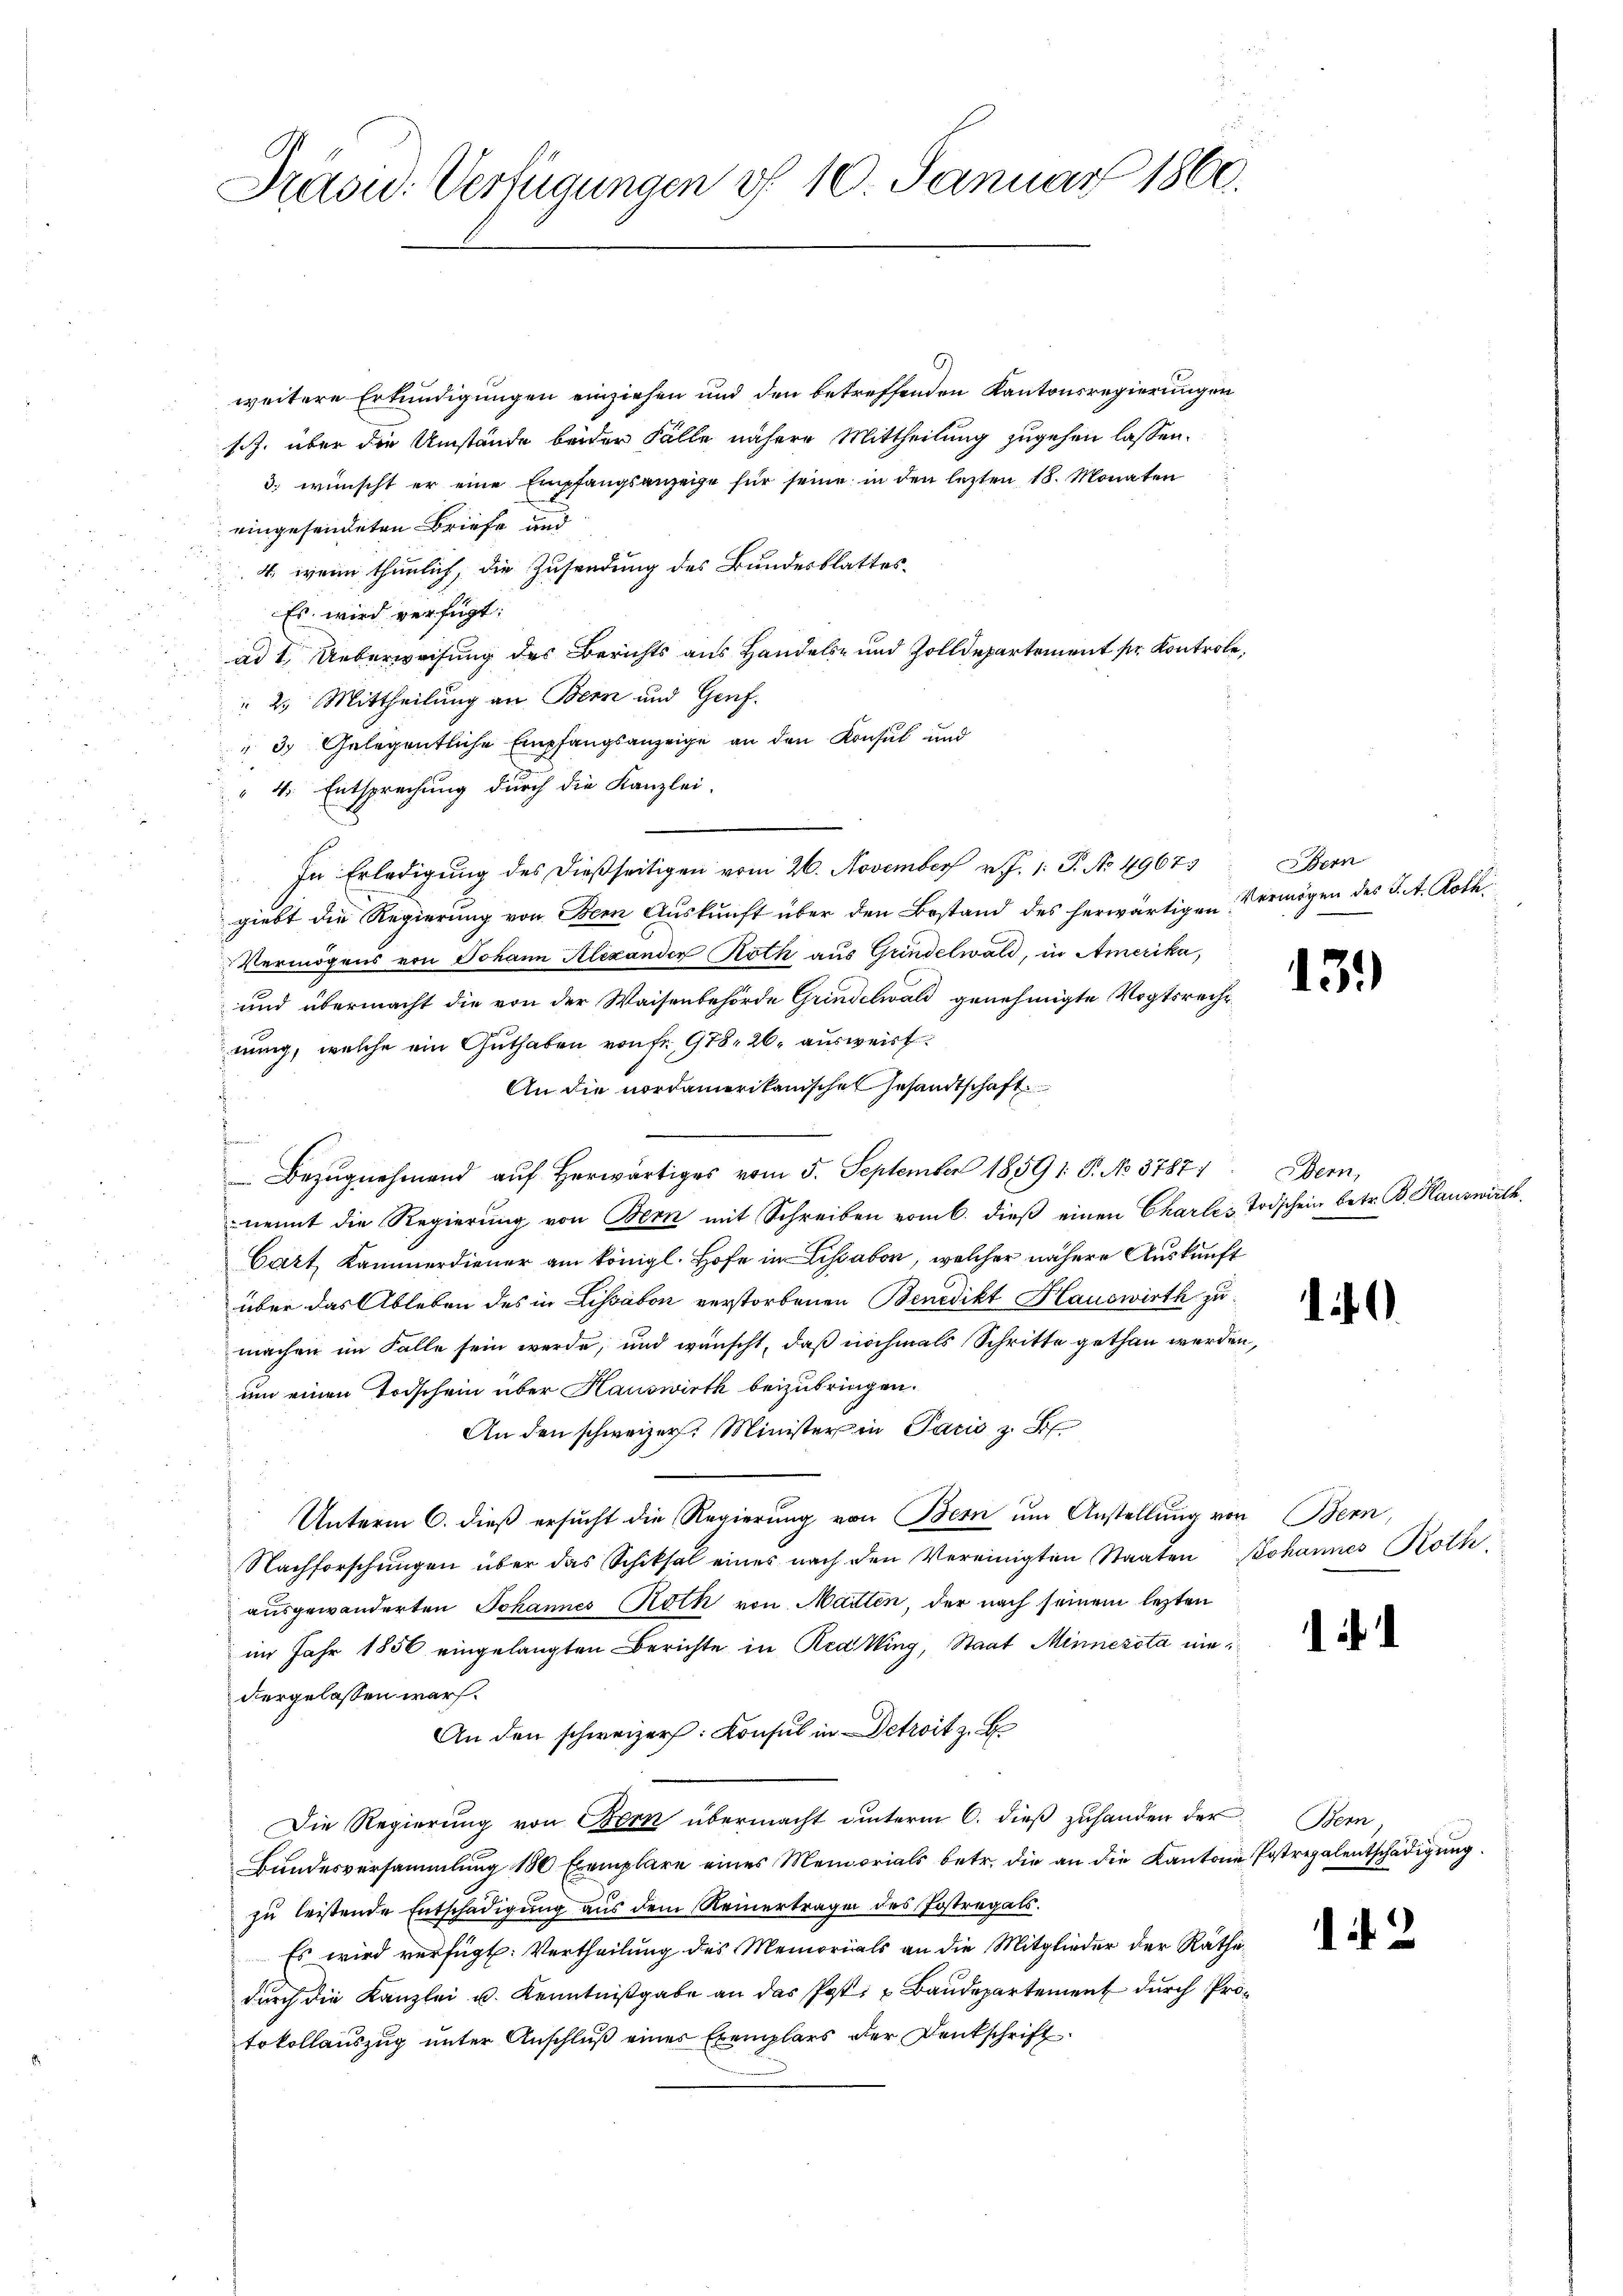
Prasid. Verfügungen d. 10. Januar 1860.

weitere Erkundigungen einziehen und den betreffenden Kantonsregierungen
sch. über die Umstände beider Fälle nähere Mittheilung zugehen lassen.
3.) wünscht er eine Empfangsanzeige für seine in den lezten 18. Monaten
eingesendeten Briefe und
4. wenn thunlich, die Zusendung des Bundesblattes¬
Es wird verfügt:
ad 1. Ueberweisung des Berichts aus Handels- und Zolldepartement pr. Kontrole,
 2. Mittheilung an Bern und Genf.
" 3 Gelegentliche Empfangsanzeige an den Konsul und
 4. Entsprechung durch die Kanzlei-
In Erledigung des dießseitigen vom 26. November v. J. 1: P. No 49675
giebt die Regierung von Bern Auskunft über den Bestand des herwärtigen
Vermögens von Johann Alexander Roth aus Grindelwald, in Amerika,
und übermacht die von der Waisenbehörde Grindelwald genehmigte Vogtsrecht
nung, welche ein Guthaben von fr. 978, 26. ausweist
An die nordamerikanischen Gesandtschaft
.
e
Bezŭgnehmend aŭf herwärtiges vom 5. September 18591 S. No 37871. Obern,
nennt die Regierung von Bern mit Schreiben vom 6. dieß einen Charles Todschein betr. B. Hauswirth,
Cart, Kammerdiener am königl. Hofe in Lissabor, welcher nähere Auskunft
über das Ableben des in Lissabon verstorbenen Benedikt Hauswirth zu
machen im Falle sein werde, und wünscht, daß nochmals Schritte gethan werden,
um einen Todschein über Hauswirth beizubringen.
An den schweizer. Minister in Paris z. B.
Unterm 6. dieß ersucht die Regierung von Bern um Anstellung von Bern,
Nachforschungen über das Schiksal eines nach den Vereinigten Staaten Johannes Roth,
ausgewanderten Johannes Roth von Matten, der nach seinem lezten
im Jahr 1856 eingelangten Berichte in Red Wing, Staat Minnezota eindergelassen war.
An den schweizer. Konsul in Detroit z. B
Die Regierung von Bern übermacht unterm 6. dieß zuhanden der Bern
Bundesversammlung 180 Exemplare eines Memorials betr. die an die Kantone Postregalentschädigŭng.
zu leistende Entschädigung aus dem Reinertragen des Postregals.
Es wird verfügt: Vertheilung des Memorials an die Mitglieder der Räthe
durch die Kanzlei u. Kenntnißgabe an das Post- u Baudepartement durch Protokollauszug unter Anschluß eines Exemplars der Denkschrift

Bern
Vermögen des J. A. Roth¬

13.)

.

42